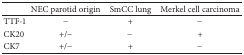
|  | NEC parotid origin | SmCC lung | Merkel cell carcinoma |
 | --- | --- | --- | --- |
 | TTF-1 | − | + | − |
 | CK20 | +/− | − | + |
 | CK7 | +/− | + | − |